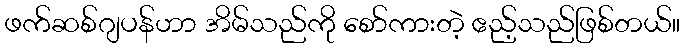
ဖက်ဆစ်ဂျပန်ဟာ အိမ်သည်ကို စော်ကားတဲ့ ဧည့်သည်ဖြစ်တယ်။